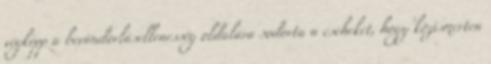
végképp a bevándorlásellenesség oldalára sodorta a cseheket, hogy közismerten